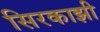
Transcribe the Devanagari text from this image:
सिरकाझी